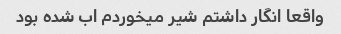
واقعا انگار داشتم شیر میخوردم اب شده بود